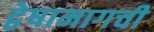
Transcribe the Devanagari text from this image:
द्वेषामागची